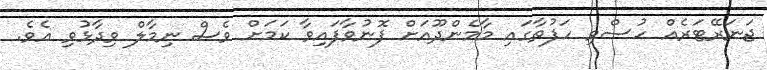
ޖަނަރޭޓަރެއް ހުސްވި ހަފުތާގައި މާމެންދޫއަށް ފޮނުވާފައިވާ ކަމަށް ވެސް ނިމާލް ވިދާޅުވި އެވެ.